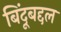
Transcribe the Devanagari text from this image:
बिंदूबद्दल